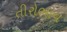
તીરોભાવ